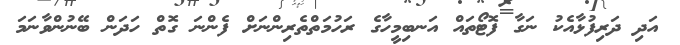
އަދި ދަރިފުޅާއެކު ނަގާ ފޮޓޯތައް އަނބިމީހާގެ ރަހުމަތްތެރިންނަށް ފެންނަ ގޮތް ހަދަން ބޭނުންވާނަމަ